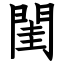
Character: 閨